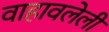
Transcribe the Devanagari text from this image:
वाहावलेली